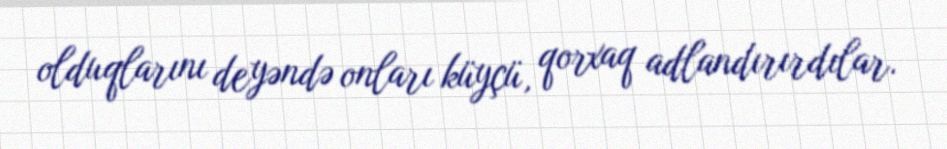
olduqlarını deyəndə onları küyçü, qorxaq adlandırırdılar.